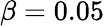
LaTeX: \beta=0.05